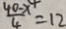
\frac { 4 0 - x ^ { 4 } } { 4 } = 1 2